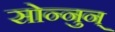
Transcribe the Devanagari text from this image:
सोन्नुन्